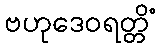
ဗဟုဒေဝရတ္တိံ